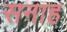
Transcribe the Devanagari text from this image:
सनाह